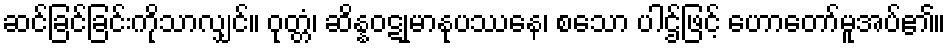
ဆင်ခြင်ခြင်းကိုသာလျှင်။ ဝုတ္တံ၊ ဆိန္နဝဋုမာနုပဿနေ၊ စသော ပါဌ်ဖြင့် ဟောတော်မူအပ်၏။